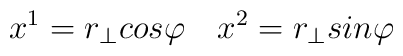
x^1 =r_{\bot}cos\varphi\quad x^2=r_{\bot}sin\varphi